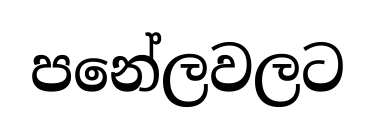
පනේලවලට